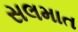
સલમાત